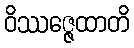
ဝိဿဇ္ဇေထာတိ